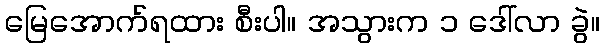
မြေအောက်ရထား စီးပါ။ အသွားက ၁ ဒေါ်လာ ခွဲ။